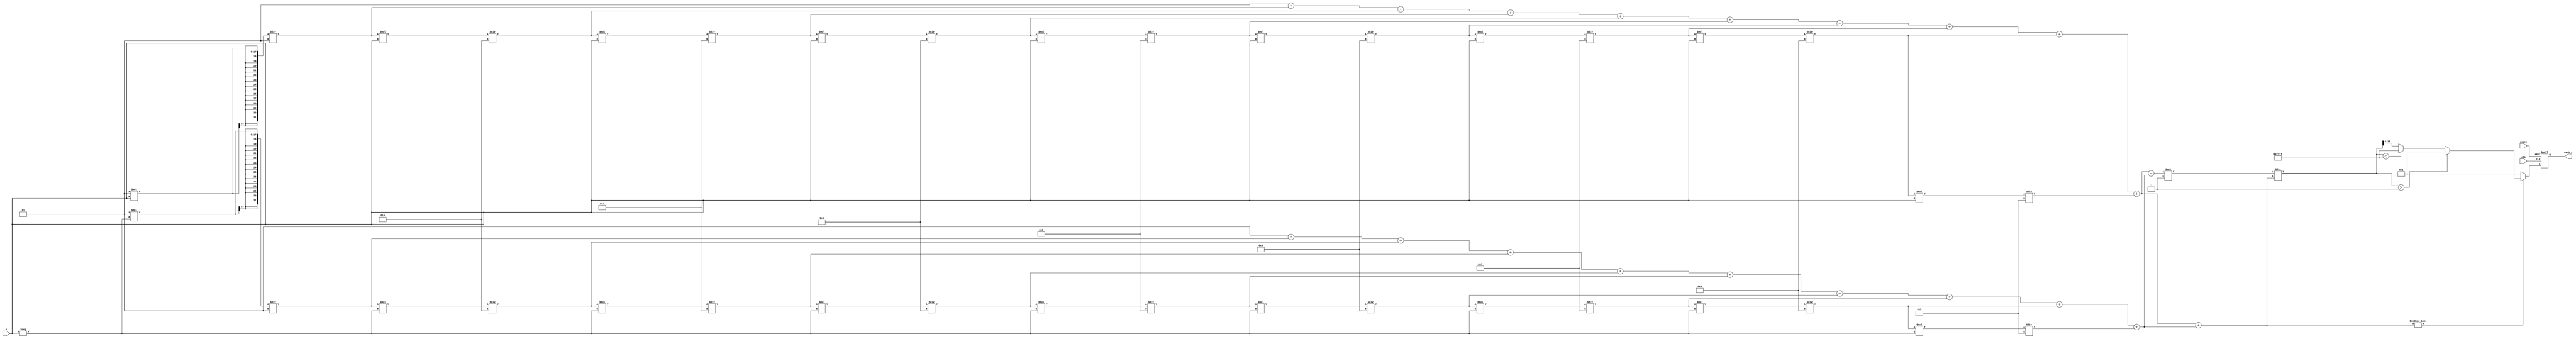
module tanh_block (
    input wire clk,
    input wire reset,
    input wire signed [15:0] x, // Input signal (fixed-point representation)
    output reg signed [15:0] tanh_x // Output signal (fixed-point representation)
);

    // Internal signals
    wire signed [31:0] exp_x;
    wire signed [31:0] exp_neg_x;
    wire signed [31:0] numerator;
    wire signed [31:0] denominator;
    wire signed [31:0] result;

    // Exponential function approximation (Taylor series)
    function signed [31:0] exp_approx;
        input signed [15:0] x;
        reg signed [31:0] sum;
        reg signed [31:0] term;
        integer i;
        begin
            sum = 32'h00000001; // e^0 = 1
            term = 32'h00000001; // First term (x^0 / 0!)
            for (i = 1; i < 10; i = i + 1) begin
                term = (term * x) / i; // Calculate x^i / i!
                sum = sum + term; // Add to sum
            end
            exp_approx = sum;
        end
    endfunction

    // Compute e^x and e^(-x)
    assign exp_x = exp_approx(x);
    assign exp_neg_x = exp_approx(-x);

    // Calculate numerator and denominator
    assign numerator = exp_x - exp_neg_x;
    assign denominator = exp_x + exp_neg_x;

    // Compute tanh(x) = numerator / denominator
    always @(posedge clk or posedge reset) begin
        if (reset) begin
            tanh_x <= 16'b0;
        end else begin
            if (denominator != 0) begin
                result = (numerator * 16'h0001) / denominator; // Scale to fixed-point
                // Saturate output
                if (result > 16'h0001) begin
                    tanh_x <= 16'h0001; // Saturate to 1
                end else if (result < 16'hFFFF) begin
                    tanh_x <= 16'hFFFF; // Saturate to -1
                end else begin
                    tanh_x <= result[15:0]; // Normal case
                end
            end else begin
                tanh_x <= 16'h0001; // Handle division by zero (should not happen)
            end
        end
    end

endmodule